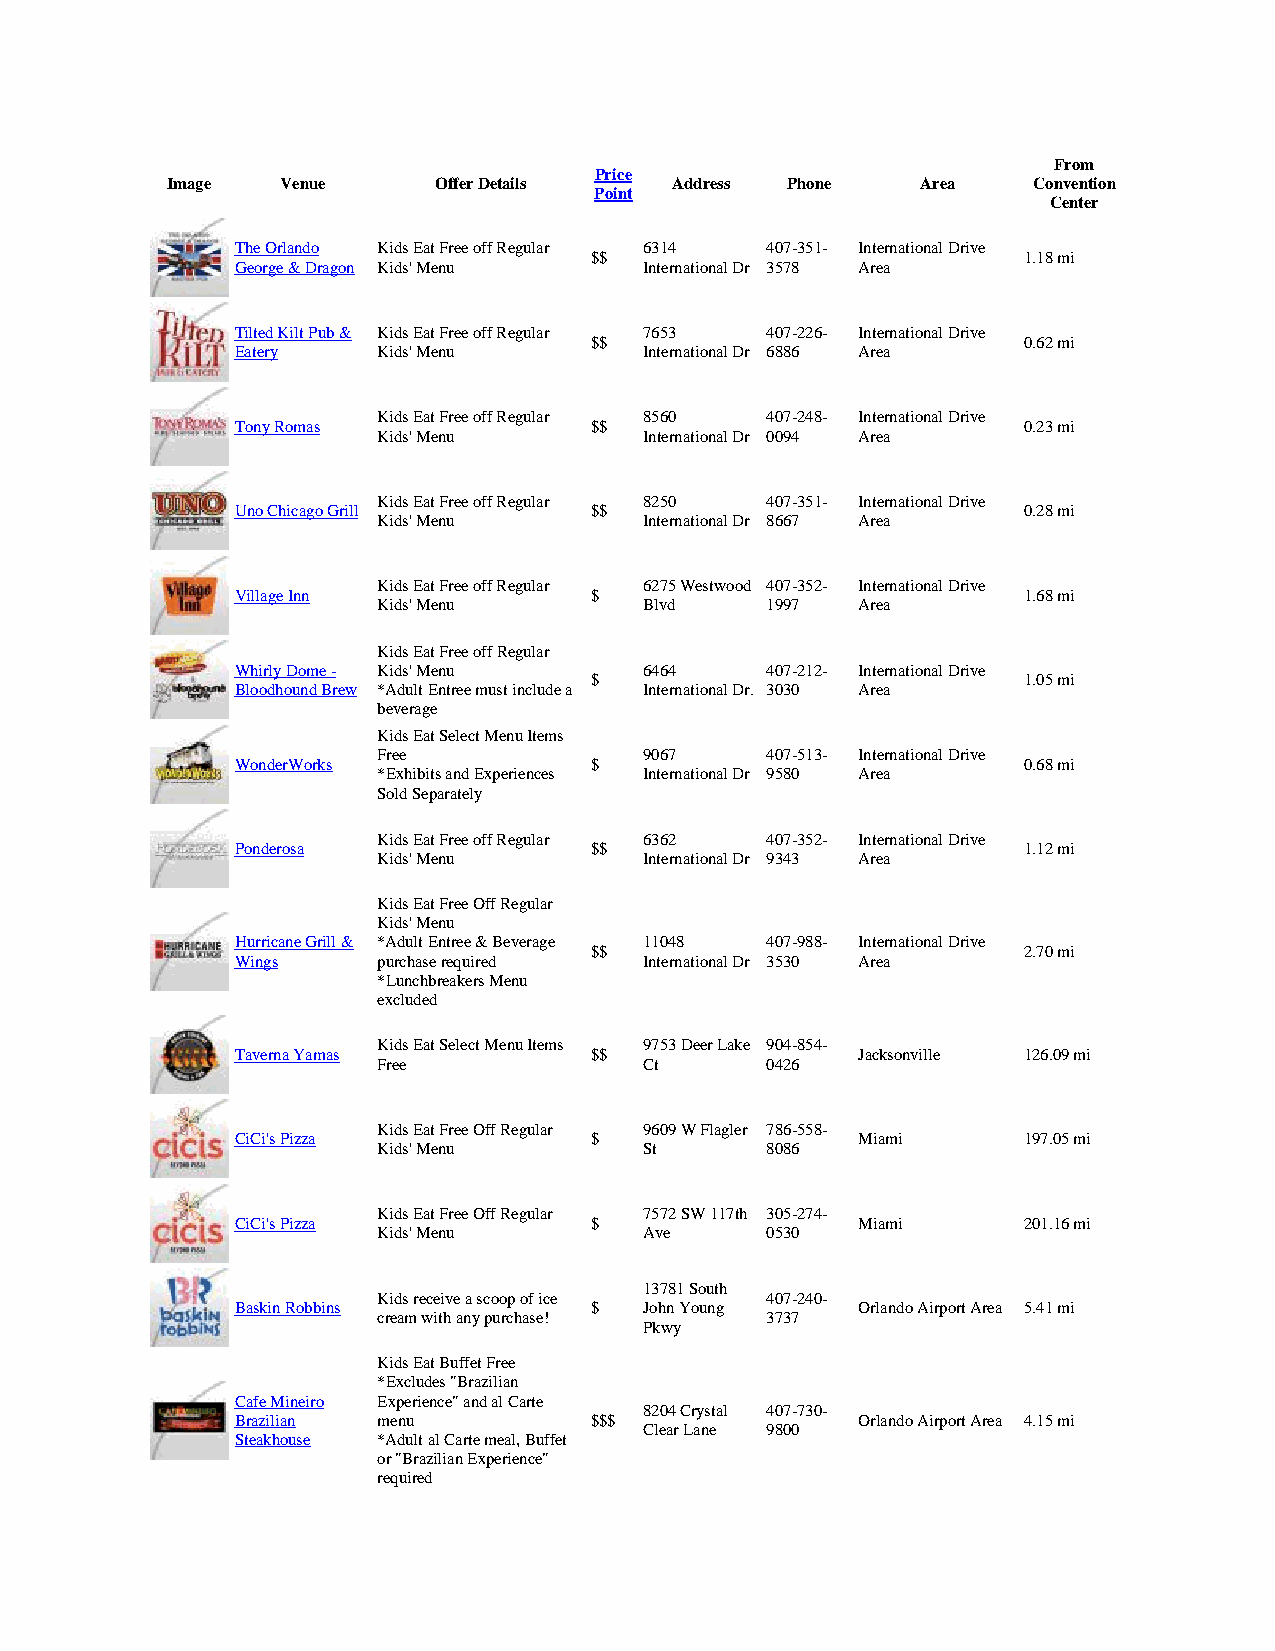
From
 Price
 Image   Venue     Offer Details  Address Phone    Area   Convention
 Point
 Center
 The Orlando Kids Eat Free off Regular 6314 407-351- International Drive
 $$                           1.18 mi
 George & Dragon Kids' Menu International Dr 3578 Area
 Tilted Kilt Pub & Kids Eat Free off Regular 7653 407-226- International Drive
 $$                           0.62 mi
 Eatery   Kids' Menu        International Dr 6886 Area
 Kids Eat Free off Regular 8560 407-248- International Drive
 Tony Romas             $$                           0.23 mi
 Kids' Menu        International Dr 0094 Area
 Kids Eat Free off Regular 8250 407-351- International Drive
 Uno Chicago Grill      $$                           0.28 mi
 Kids' Menu        International Dr 8667 Area
 Kids Eat Free off Regular 6275 Westwood 407-352- International Drive
 Village Inn            $                            1.68 mi
 Kids' Menu        Blvd    1997  Area
 Kids Eat Free off Regular
 Whirly Dome - Kids' Menu   6464    407-212- International Drive
 $                            1.05 mi
 Bloodhound Brew *Adult Entree must include a International Dr. 3030 Area
 beverage
 Kids Eat Select Menu Items
 Free              9067    407-513- International Drive
 WonderWorks            $                            0.68 mi
 *Exhibits and Experiences International Dr 9580 Area
 Sold Separately
 Kids Eat Free off Regular 6362 407-352- International Drive
 Ponderosa              $$                           1.12 mi
 Kids' Menu        International Dr 9343 Area
 Kids Eat Free Off Regular
 Kids' Menu
 Hurricane Grill & *Adult Entree & Beverage 11048 407-988- International Drive
 $$                           2.70 mi
 Wings    purchase required International Dr 3530 Area
 *Lunchbreakers Menu
 excluded
 Kids Eat Select Menu Items 9753 Deer Lake 904-854-
 Taverna Yamas          $$                Jacksonville 126.09 mi
 Free              Ct      0426
 Kids Eat Free Off Regular 9609 W Flagler 786-558-
 CiCi's Pizza           $                 Miami      197.05 mi
 Kids' Menu        St      8086
 Kids Eat Free Off Regular 7572 SW 117th 305-274-
 CiCi's Pizza           $                 Miami      201.16 mi
 Kids' Menu        Ave     0530
 13781 South
 Kids receive a scoop of ice 407-240-
 Baskin Robbins         $   John Young    Orlando Airport Area 5.41 mi
 cream with any purchase!  3737
 Pkwy
 Kids Eat Buffet Free
 *Excludes "Brazilian
 Cafe Mineiro Experience" and al Carte
 8204 Crystal 407-730-
 Brazilian menu         $$$               Orlando Airport Area 4.15 mi
 Clear Lane 9800
 Steakhouse *Adult al Carte meal, Buffet
 or "Brazilian Experience"
 required